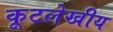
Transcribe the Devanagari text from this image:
कूटलेखीय